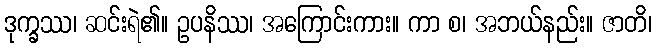
ဒုက္ခဿ၊ ဆင်းရဲ၏။ ဥပနိဿ၊ အကြောင်းကား။ ကာ စ၊ အဘယ်နည်း။ ဇာတိ၊